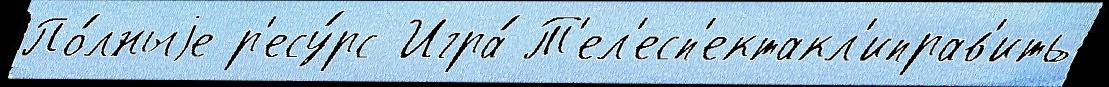
По́лныjе р'есу́рс Игра́ Т'ел'есп'ектакл'иправ'ить